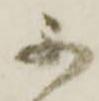
不